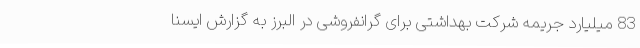
83 میلیارد جریمه شرکت بهداشتی برای گرانفروشی در البرز به گزارش ایسنا